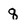
Character: q